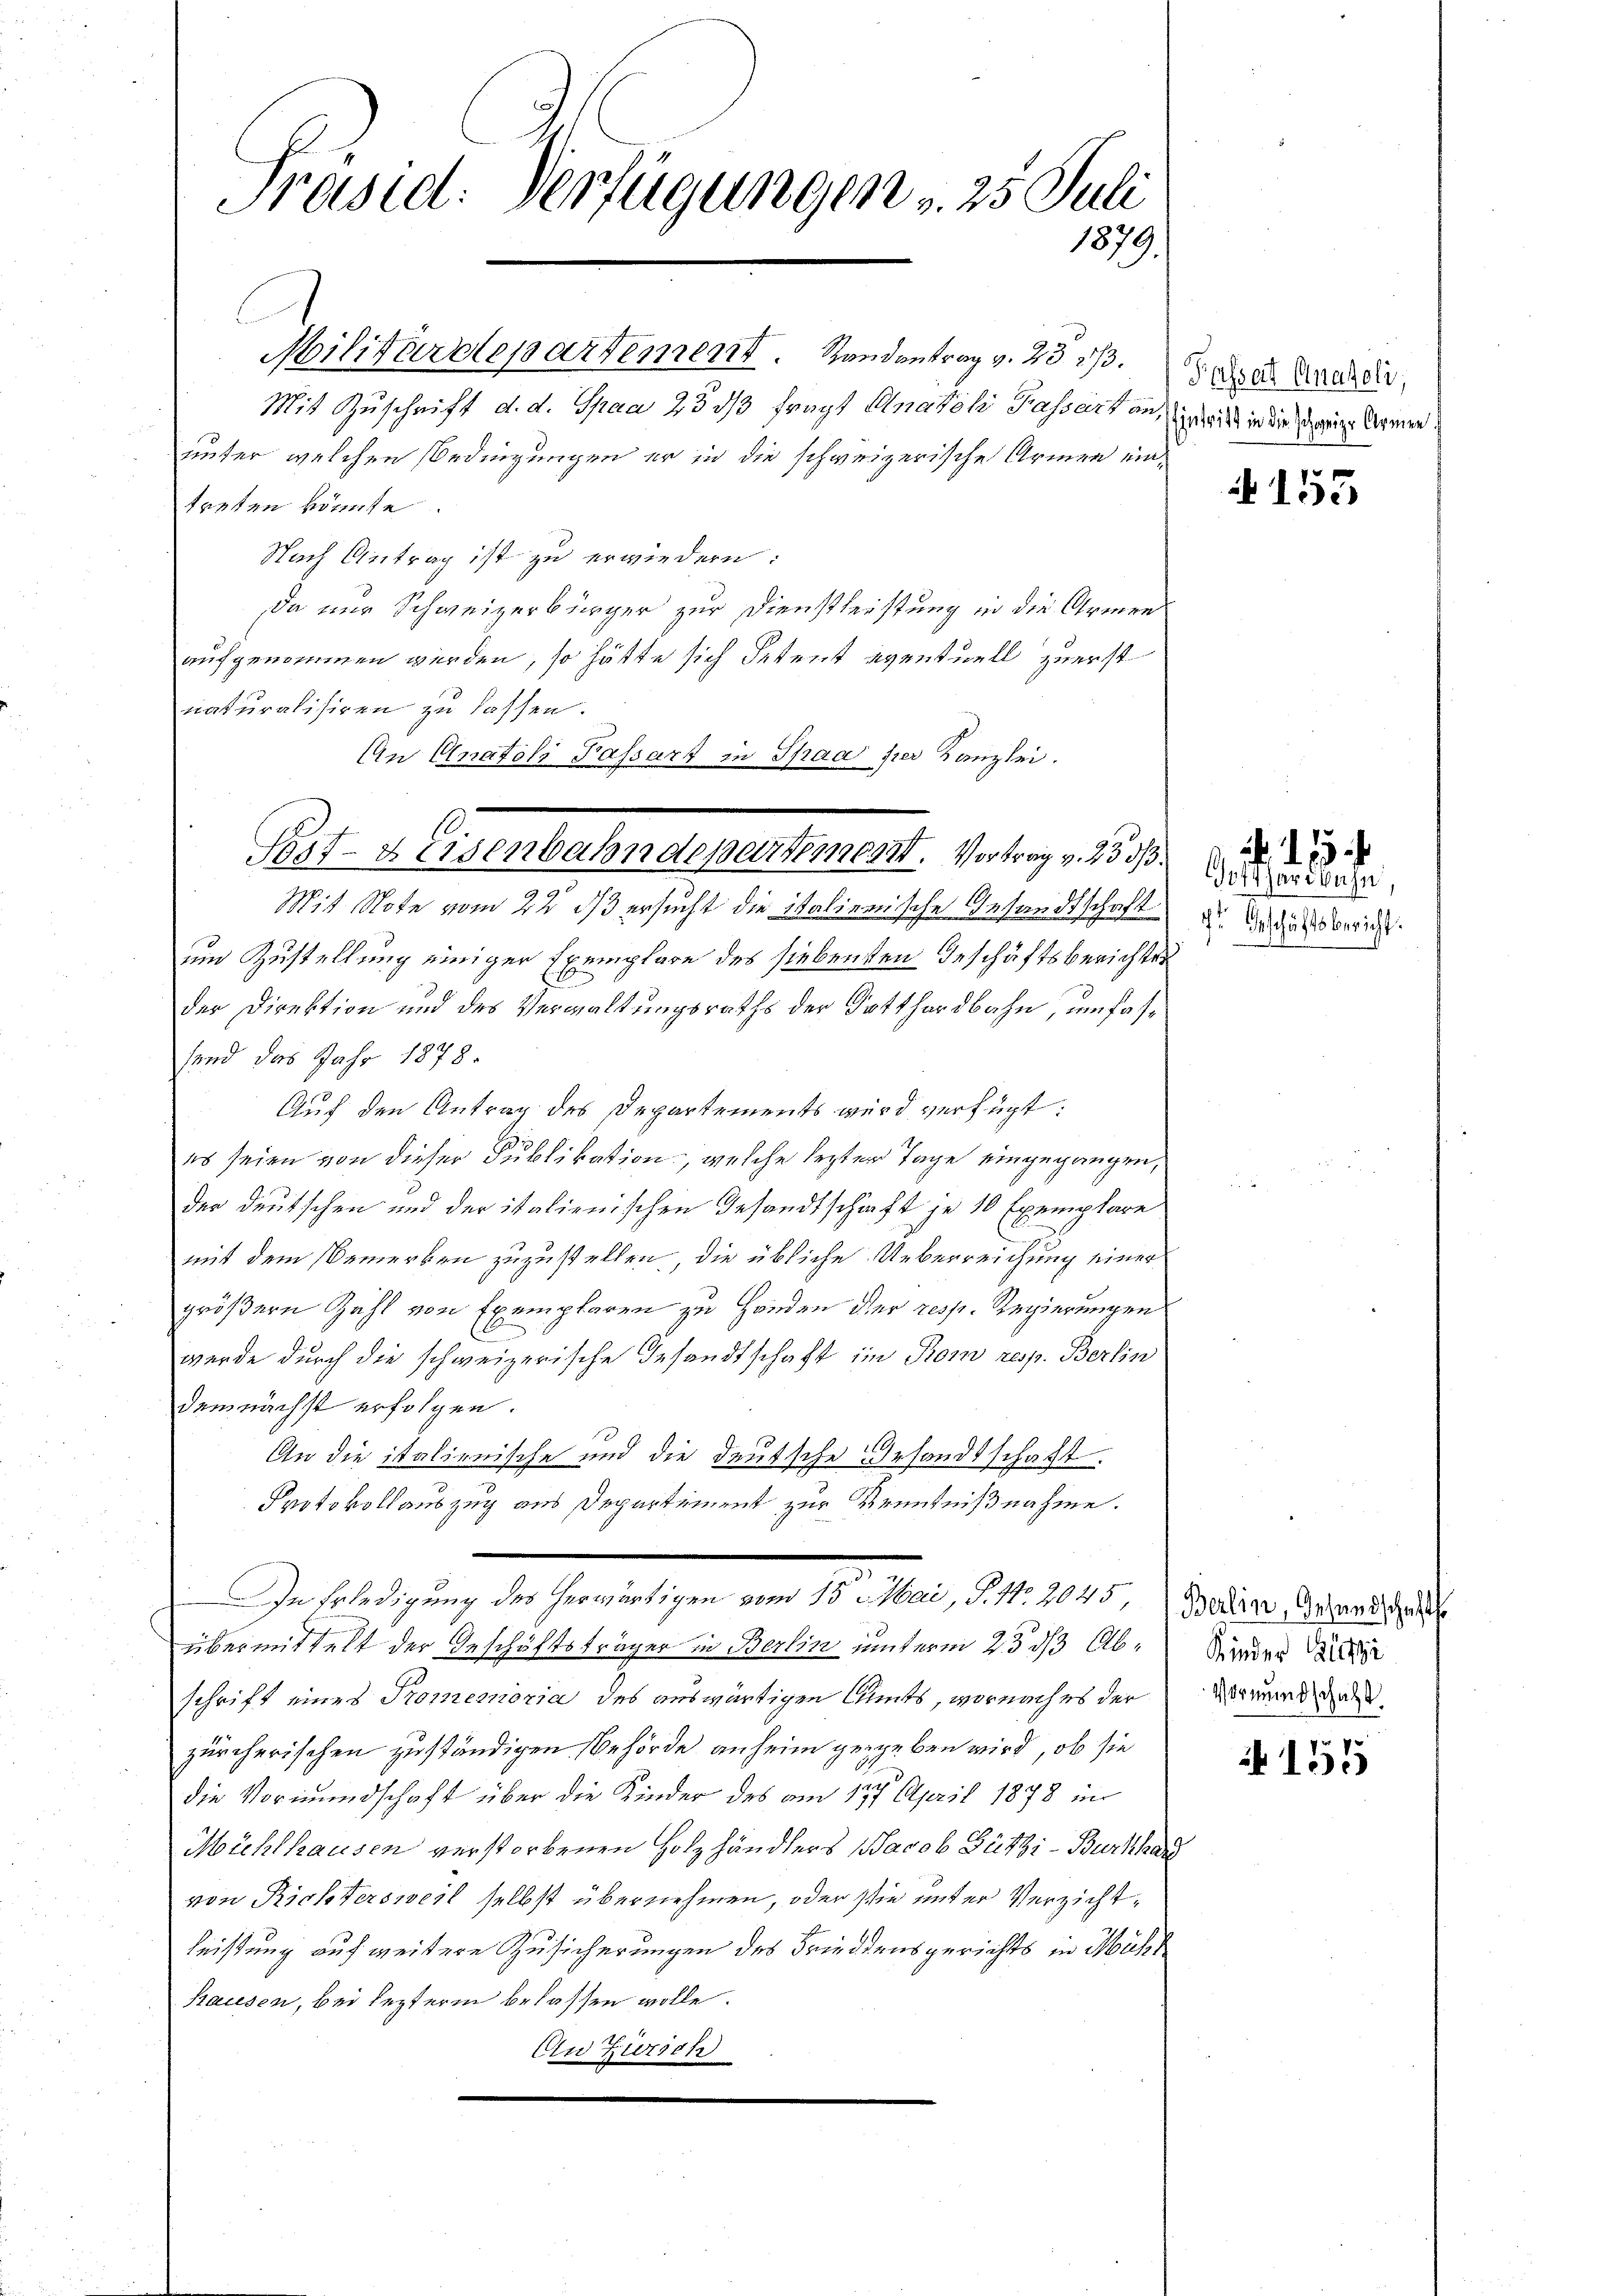
Präsid: Verfügungen v. 25. Juli
1879.

Militärdepartement. Randantrag v. 23 2/3.
Mit Zuschrift d. d. Spaa 23 dß fragt Anatoli Fassart anunter welchen Bedingungen er in die schweizerische Armen eintreten könnte.
Nach Antrag ist zu erwiedern:
Da nur Schweizerbürger zur Dienstleistung in die Armen
aufgenommen werden, so hätte sich Petent eventuell zuerst
naturalisiren zu lassen.
An Anatoli Passart in Spaa hier Kanzlei.
.
Mit Note vom 22 dß ersucht die italienische Gesandtschaft
uin Zustellung einiger Exemplare des siebenten Geschäftsberichtes
der Direktion und des Verwaltungsraths der Gotthardbahn, umfassend das Jahr 1878.
Auf den Antrag des Departements wird verfügt:
E
es seien von dieser Publikation, welche lezter Tage eingegangen,
der deutschen und der italienischen Gesandtschaft je 10 Exemplare
mit dem Bemerken zuzustellen, die übliche Ueberreichung einer
größern Zahl von Exemplaren zu Handen der resp. Regierungen
werde durch die schweizerische Gesandtschaft im Prom resp. Berlin
demnächst erfolgen.
An die italienische und die deutsche Gesandtschaft.
Protokollauszug aus Departement zur Kenntnißnahme.
In Erledigung des herwärtigen vom 15. Mai, P. Nr. 2045, Baden, Gesandtsch
übermittelt der Geschäftsträger in Berlin unterm 23 des Abschrift eines Promemoria des auswärtigen Anmts, wornach es der
zürcherischen zuständigen Behörde anheim gegeben wird, ob sie
die Vormundschaft über die Kinder des am 177. April 1878 in
Mühlhausen verstorbenen Holzhändlers Jacob Bützi-Burkhar
von Richtersweil selbst übernehmen, oder sie unter Verzichtleistung auf weitere Zusicherungen des Friedensgerichts in Mühl
Hausen, bei lezterm belassen wolle.
An Ziersch

Post- & Eisenbahndepartement. Vortrag v. 233.

Kasser Anaheli,
Eintritt in die schweizer Armen.

A 153

Gotthardbahn,
I. Geschäftsbericht.

. . .

Kinder Aufsi
Vormundschaft

155